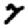
Digit: 7